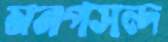
মনপসন্দ